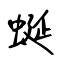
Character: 蜒